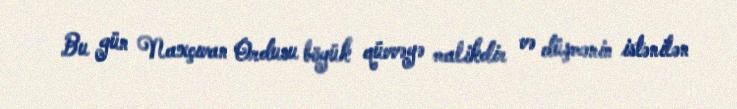
Bu gün Naxçıvan Ordusu böyük qüvvəyə malikdir və düşmənin istənilən